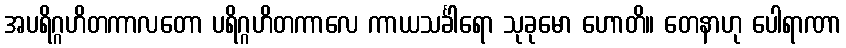
အပရိဂ္ဂဟိတကာလတော ပရိဂ္ဂဟိတကာလေ ကာယသင်္ခါရော သုခုမော ဟောတိ။ တေနာဟု ပေါရာဏာ